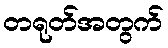
တရုတ်အတွက်